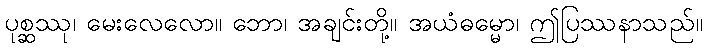
ပုစ္ဆဿု၊ မေးလေလော။ ဘော၊ အချင်းတို့။ အယံဓမ္မော၊ ဤပြဿနာသည်။